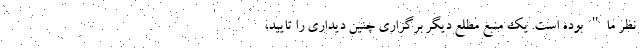
نظر ما" بوده است. یک منبع مطلع دیگر برگزاری چنین دیداری را تایید،